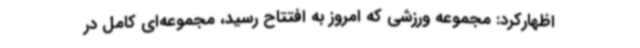
اظهارکرد: مجموعه ورزشی که امروز به افتتاح رسید، مجموعه‌ای کامل در